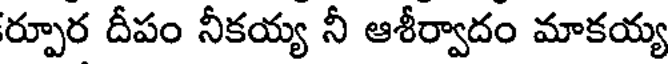
ర్పూర దీపం నీకయ్య నీ ఆశీర్వాదం మాకయ్య